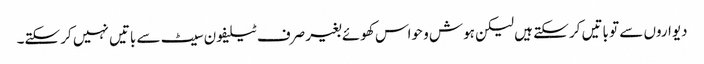
دیواروں سے تو باتیں کر سکتے ہیں لیکن ہوش و حواس کھوئے بغیر صرف ٹیلیفون سیٹ سے باتیں نہیں کر سکتے۔